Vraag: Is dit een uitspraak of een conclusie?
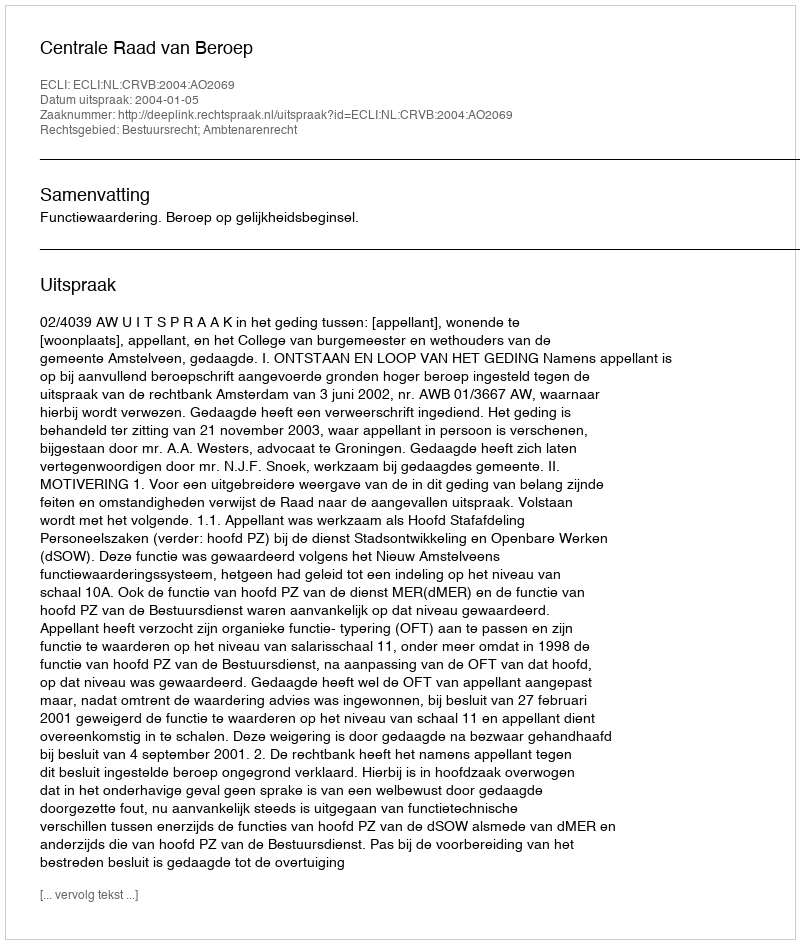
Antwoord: Uitspraak